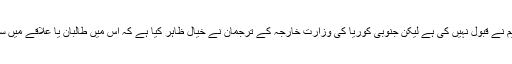
حملے کی ذمہ داری فوری طور پر کسی تنظیم نے قبول نہیں کی ہے لیکن جنوبی کوریا کی وزارتِ خارجہ کے ترجمان نے خیال ظاہر کیا ہے کہ اس میں طالبان یا علاقے میں سرگرم دوسرے شدت پسند ملوث ہو سکتے ہیں۔